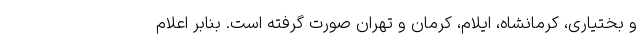
و بختیاری، کرمانشاه، ایلام، کرمان و تهران صورت گرفته است. بنابر اعلام